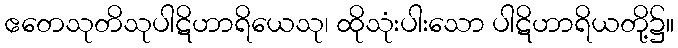
ဧတေသုတိသုပါဋိဟာရိယေသု၊ ထိုသုံးပါးသော ပါဋိဟာရိယတို့၌။